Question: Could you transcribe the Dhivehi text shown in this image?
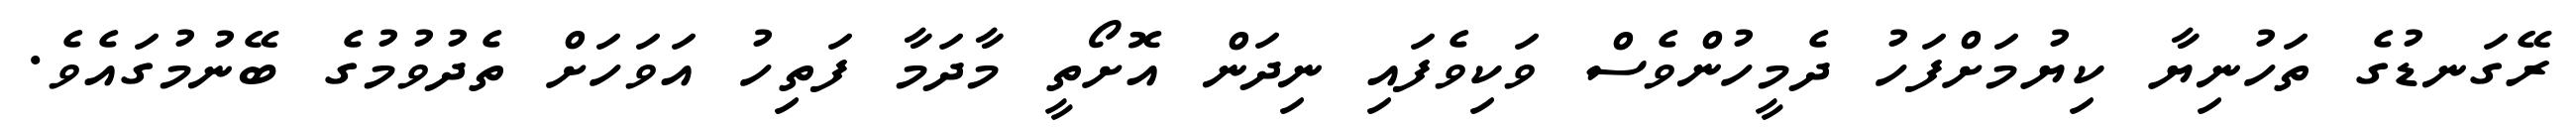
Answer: ރޭގަނޑުގެ ތަހުނިޔާ ކިޔުމަށްފަހު ދެމީހުންވެސް ވަކިވެފައި ނިދަން އޮށޯތީ މާދަމާ ފަތިހު އަވަހަށް ތެދުވުމުގެ ބޭނުމުގައެވެ.